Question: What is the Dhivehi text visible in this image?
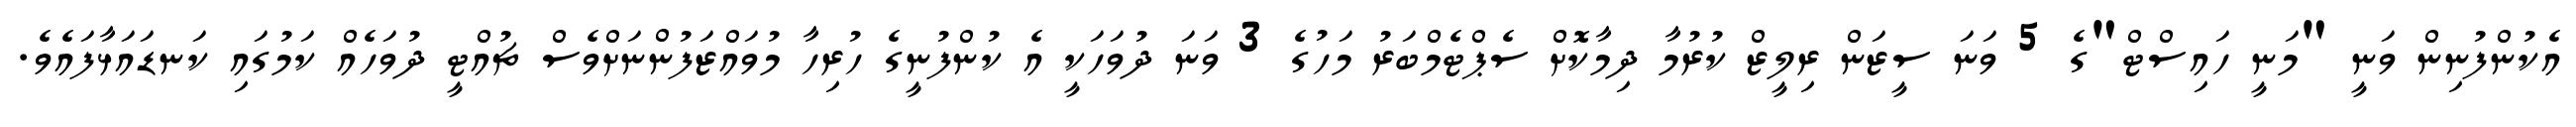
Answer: އެކުންފުނިން ވަނީ "މަނީ ހައިސްޓް"ގެ 5 ވަނަ ސީޒަން ރިލީޒް ކުރުމާ ދިމާކޮށް ސެޕްޓެމްބަރު މަހުގެ 3 ވަނަ ދުވަހަކީ އެ ކުންފުނީގެ ހުރިހާ މުވައްޒަފުންނަށްވެސް ޗުއްޓީ ދުވަހެއް ކަމުގައި ކަނޑައަޅާފައެވެ.